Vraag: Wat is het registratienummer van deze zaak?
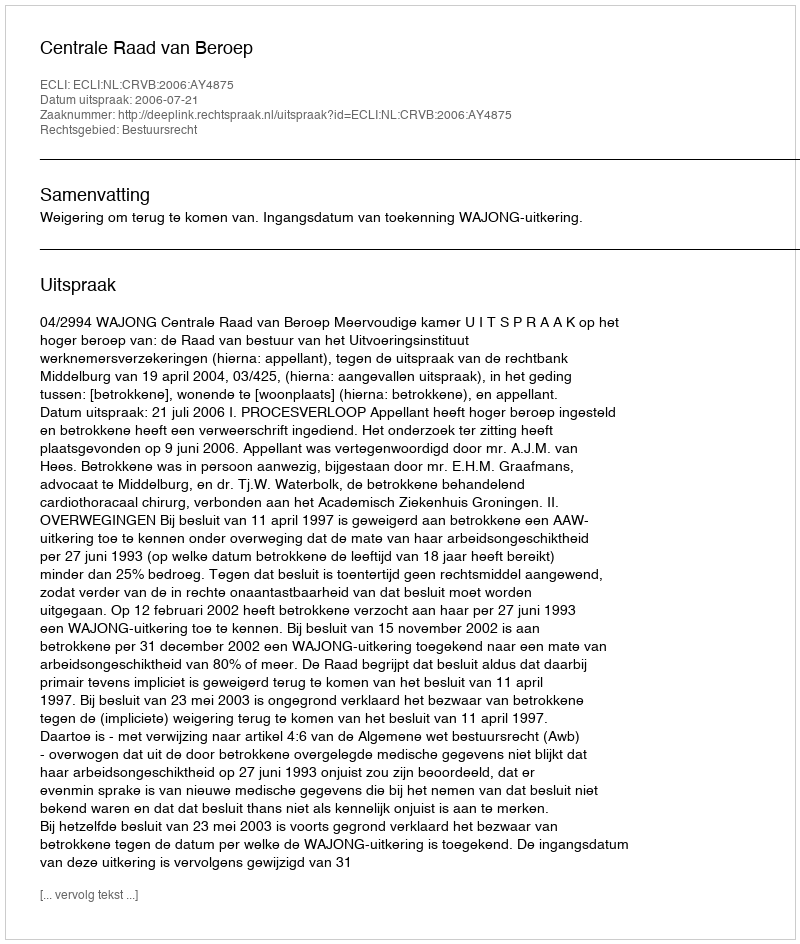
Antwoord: http://deeplink.rechtspraak.nl/uitspraak?id=ECLI:NL:CRVB:2006:AY4875